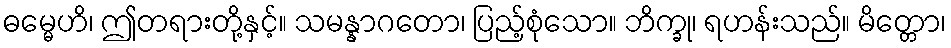
ဓမ္မေဟိ၊ ဤတရားတို့နှင့်။ သမန္နာဂတော၊ ပြည့်စုံသော။ ဘိက္ခု၊ ရဟန်းသည်။ မိတ္တော၊